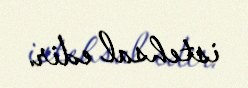
istehsal edir.